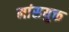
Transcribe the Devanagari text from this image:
मांसयुक्त